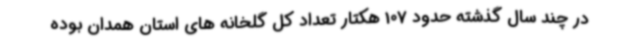
در چند سال گذشته حدود 107 هکتار تعداد کل گلخانه های استان همدان بوده